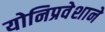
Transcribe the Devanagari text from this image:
योनिप्रवेशाने